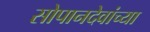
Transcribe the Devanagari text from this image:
सोपानदेवांच्या